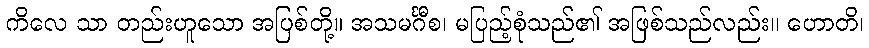
ကိလေ သာ တည်းဟူသော အပြစ်တို့။ အသမင်္ဂီစ၊ မပြည့်စုံသည်၏ အဖြစ်သည်လည်း။ ဟောတိ၊